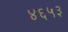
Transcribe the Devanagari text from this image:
४६५३